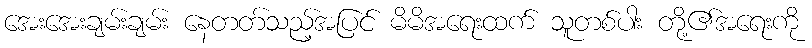
အေးအေးချမ်းချမ်း နေတတ်သည့်အပြင် မိမိအရေးထက် သူတစ်ပါး တို့၏အရေးကို